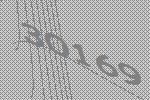
30169